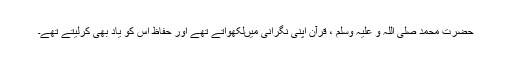
حضرت محمد صلی اللہ و علیہ وسلم ، قرآن اپنی نگرانی میں‌لکھواتے تھے اور حفاظ اس کو یاد بھی کرلیتے تھے۔